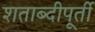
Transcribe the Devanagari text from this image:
शताब्दीपूर्ती